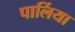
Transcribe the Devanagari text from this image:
पार्लिया